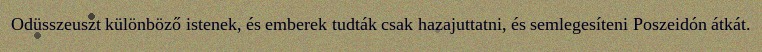
Odüsszeuszt különböző istenek, és emberek tudták csak hazajuttatni, és semlegesíteni Poszeidón átkát.